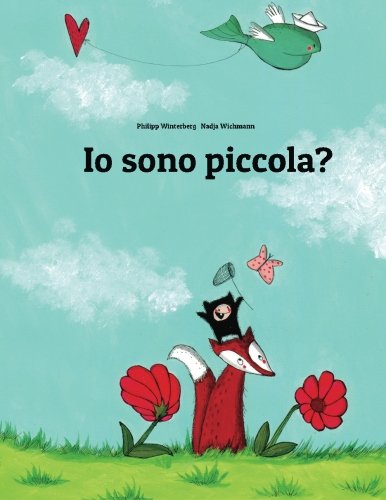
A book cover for Io sono piccola?: Una storia illustrata di Philipp Winterberg e Nadja Wichmann (Italian Edition); Philipp Winterberg; Children's Books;